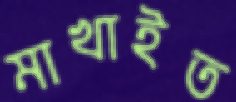
মাখাইত